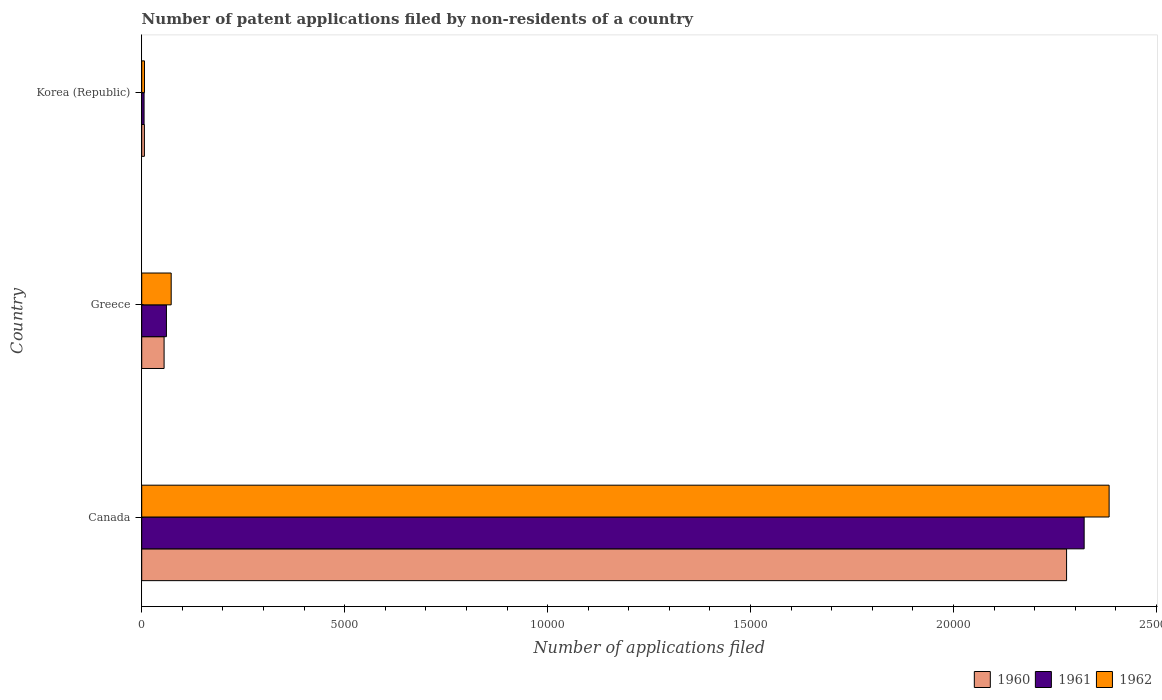
| Country | 1960 | 1961 | 1962 |
 | --- | --- | --- | --- |
 | Canada | 2.28e+04 | 2.32e+04 | 2.38e+04 |
 | Greece | 551 | 609 | 726 |
 | Korea (Republic) | 66 | 58 | 68 |